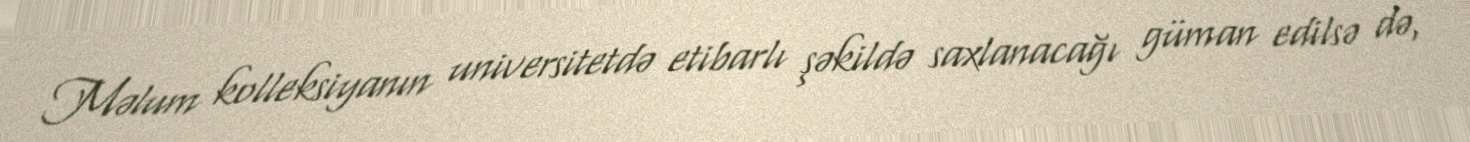
Məlum kolleksiyanın universitetdə etibarlı şəkildə saxlanacağı güman edilsə də,